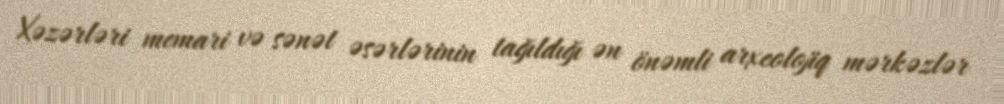
Xəzərləri memari və sənət əsərlərinin tağıldığı ən önəmli arxeolojiq mərkəzlər